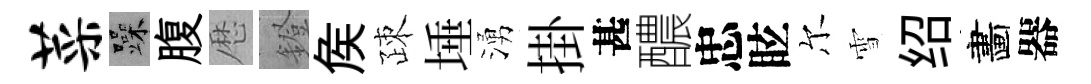
菜躁腹厯鐙矦疎埵湧掛甚醲忠眩尔雪绍畵器